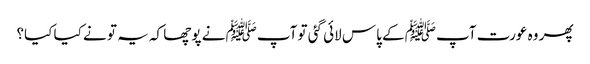
پھر وہ عورت آپﷺ کے پاس لائی گئی تو آپﷺ نے پوچھا کہ یہ تو نے کیا کیا؟